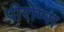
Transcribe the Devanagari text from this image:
पीरोम्स